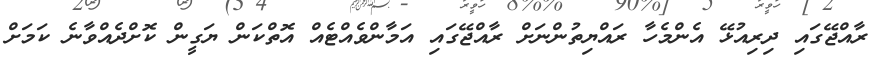
ރާއްޖޭގައި ދިރިއުޅޭ އެންމެހާ ރައްޔިތުންނަށް ރާއްޖޭގައި އަމާންވެއްޓެއް އޮތްކަން ޔަގީން ކޮށްދެއްވާނެ ކަމަށް